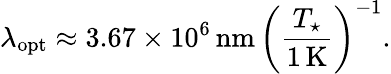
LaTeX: \lambda_{\mathrm{opt}}\approx 3.67\times 10^{6}\, \mathrm{nm}\, \left(\frac{T_{\star}}{1\, \mathrm{K}}\right)^{-1}.